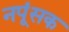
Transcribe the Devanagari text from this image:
नपूंसक